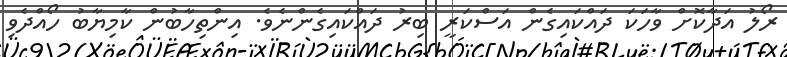
ރޯލު އަދާކޮށް ވާހަކަ ދައްކައިގެން އަސްކަރީ ބިރު ދައްކައިގެންނެވެ. އިންތިހާބުން ކާމިޔާބު ހޯއްދެވި